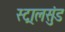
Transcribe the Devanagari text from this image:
स्ट्रालसुंड